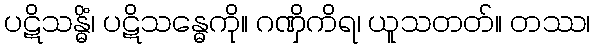
ပဋိသန္ဓိံ၊ ပဋိသန္ဓေကို။ ဂဏှိကိရ၊ ယူသတတ်။ တဿ၊